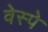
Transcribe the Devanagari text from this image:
वेस्पे